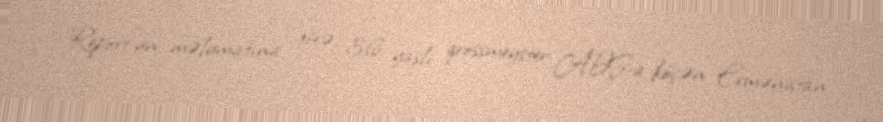
Report"un məlumatına görə, 36 yaşlı qrossmeyster ABŞ-a köçən Ermənistan